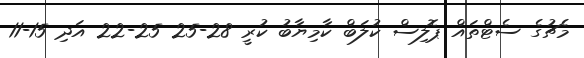
މެޗުގެ ސެޓްތައް ޕޮލިސް ކުލަބް ކާމިޔާބު ކުރީ 28-25 25-22 އަދި 15-11